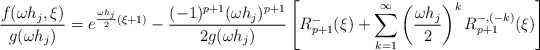
\begin{align*}\frac{f(\omega h_j,\xi)}{g(\omega h_j)} = e^{\frac{\omega h_j}{2}(\xi+1)} - \frac{(-1)^{p+1} (\omega h_j)^{p+1}}{2g(\omega h_j)} \left[ R^-_{p+1}(\xi) + \sum_{k=1}^\infty \left(\frac{\omega h_j}{2}\right)^k R^{-,(-k)}_{p+1}(\xi) \right]\end{align*}